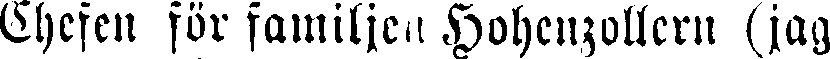
Chefen för familjen Hohenzollern (jag